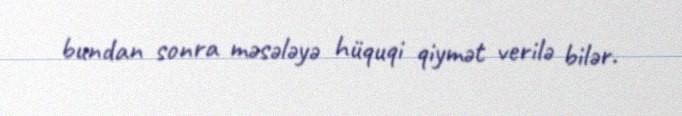
bundan sonra məsələyə hüquqi qiymət verilə bilər.